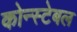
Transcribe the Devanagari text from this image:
कोन्स्टेबल